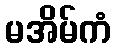
မအိမ်ကံ